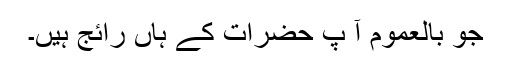
جو بالعموم آ پ حضرات کے ہاں رائج ہیں۔